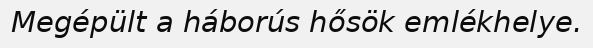
Megépült a háborús hősök emlékhelye.